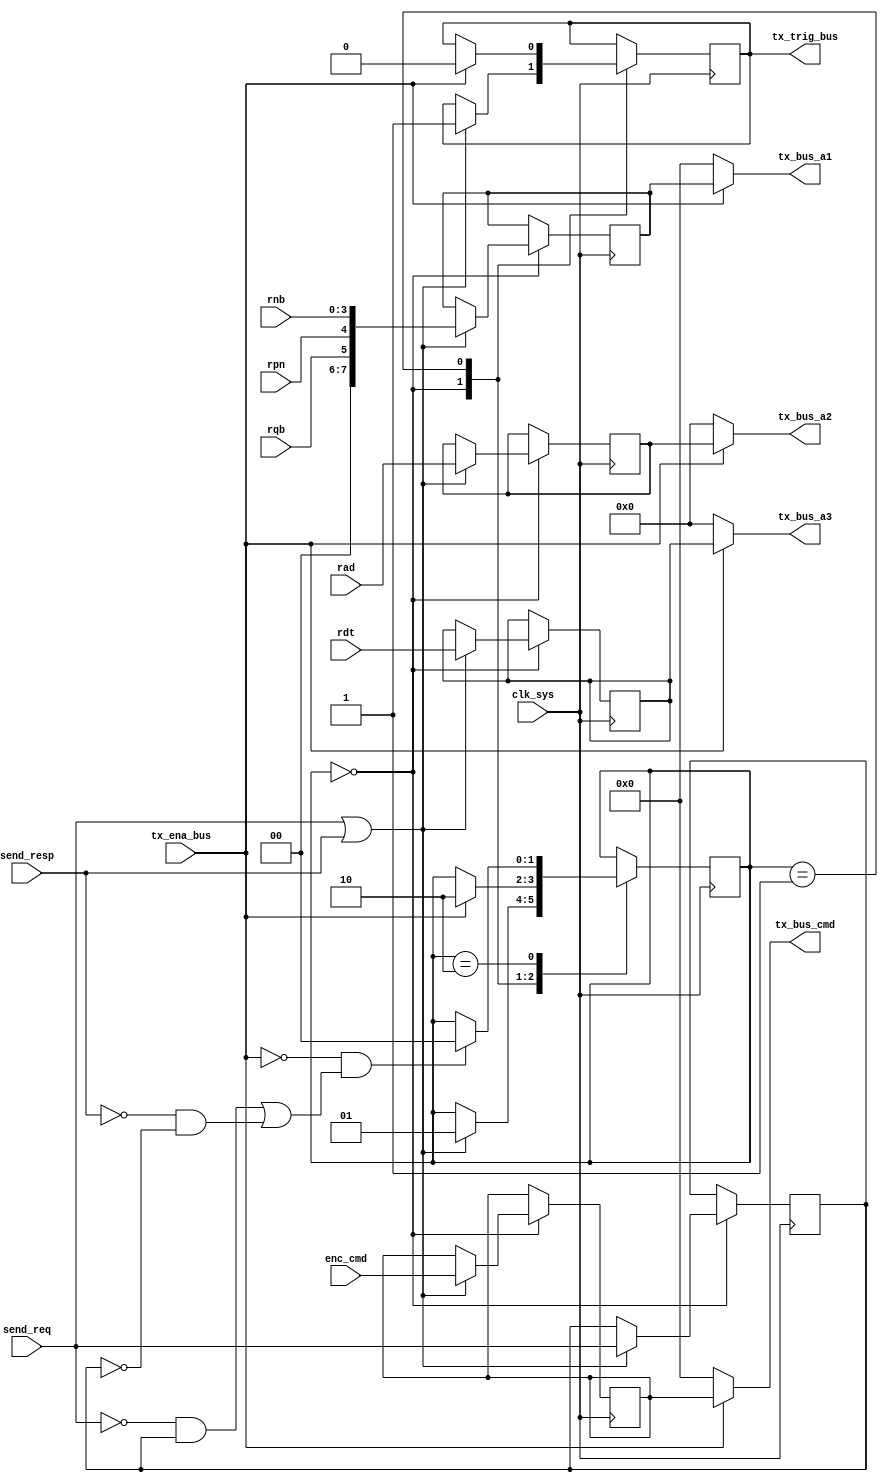
module recv_bus(
	input clk_sys,
	input send_req,
	input send_resp,
	input tx_ena_bus,
	output reg tx_trig_bus,
	input rqb,
	input rpn,
	input [0:3] rnb,
	input [0:15] rad,
	input [0:15] rdt,
	input [0:7] enc_cmd,
	output [0:7] tx_bus_cmd,
	output [0:7] tx_bus_a1,
	output [0:15] tx_bus_a2,
	output [0:15] tx_bus_a3
);

	reg [0:7] reg_cmd;
	reg [0:7] reg_a1;
	reg [0:15] reg_a2;
	reg [0:15] reg_a3;

	localparam IDLE = 2'd0;
	localparam ACCESS = 2'd1;
	localparam WAIT = 2'd2;

	reg [0:1] bus_state = IDLE;

	reg is_req;

	always @ (posedge clk_sys) begin
		case (bus_state)
			IDLE: begin
				if (send_req | send_resp) begin
					is_req <= send_req;
					reg_cmd <= enc_cmd;
					reg_a1 <= {2'd0, rqb, rpn, rnb};
					reg_a2 <= rad;
					reg_a3 <= rdt;
					tx_trig_bus <= 1;
					bus_state <= ACCESS;
				end
			end
			ACCESS: begin
				if (tx_ena_bus) begin
					tx_trig_bus <= 0;
					bus_state <= WAIT;
				end
			end
			WAIT: begin
				if (!tx_ena_bus && ((!send_req && is_req) || (!send_resp && !is_req))) begin
					bus_state <= IDLE;
				end
			end
		endcase
	end

	assign tx_bus_cmd= tx_ena_bus ? reg_cmd : 8'd0;
	assign tx_bus_a1 = tx_ena_bus ? reg_a1  : 8'd0;
	assign tx_bus_a2 = tx_ena_bus ? reg_a2  : 16'd0;
	assign tx_bus_a3 = tx_ena_bus ? reg_a3  : 16'd0;

endmodule